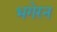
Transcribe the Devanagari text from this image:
भगेरन